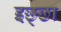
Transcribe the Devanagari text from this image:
इछ्छा